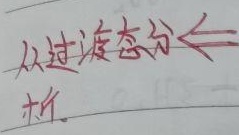
从过渡态分析.